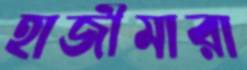
হাজীমারা